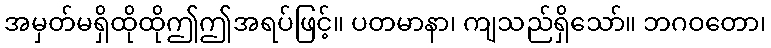
အမှတ်မရှိထိုထိုဤဤအရပ်ဖြင့်။ ပတမာနာ၊ ကျသည်ရှိသော်။ ဘဂဝတော၊